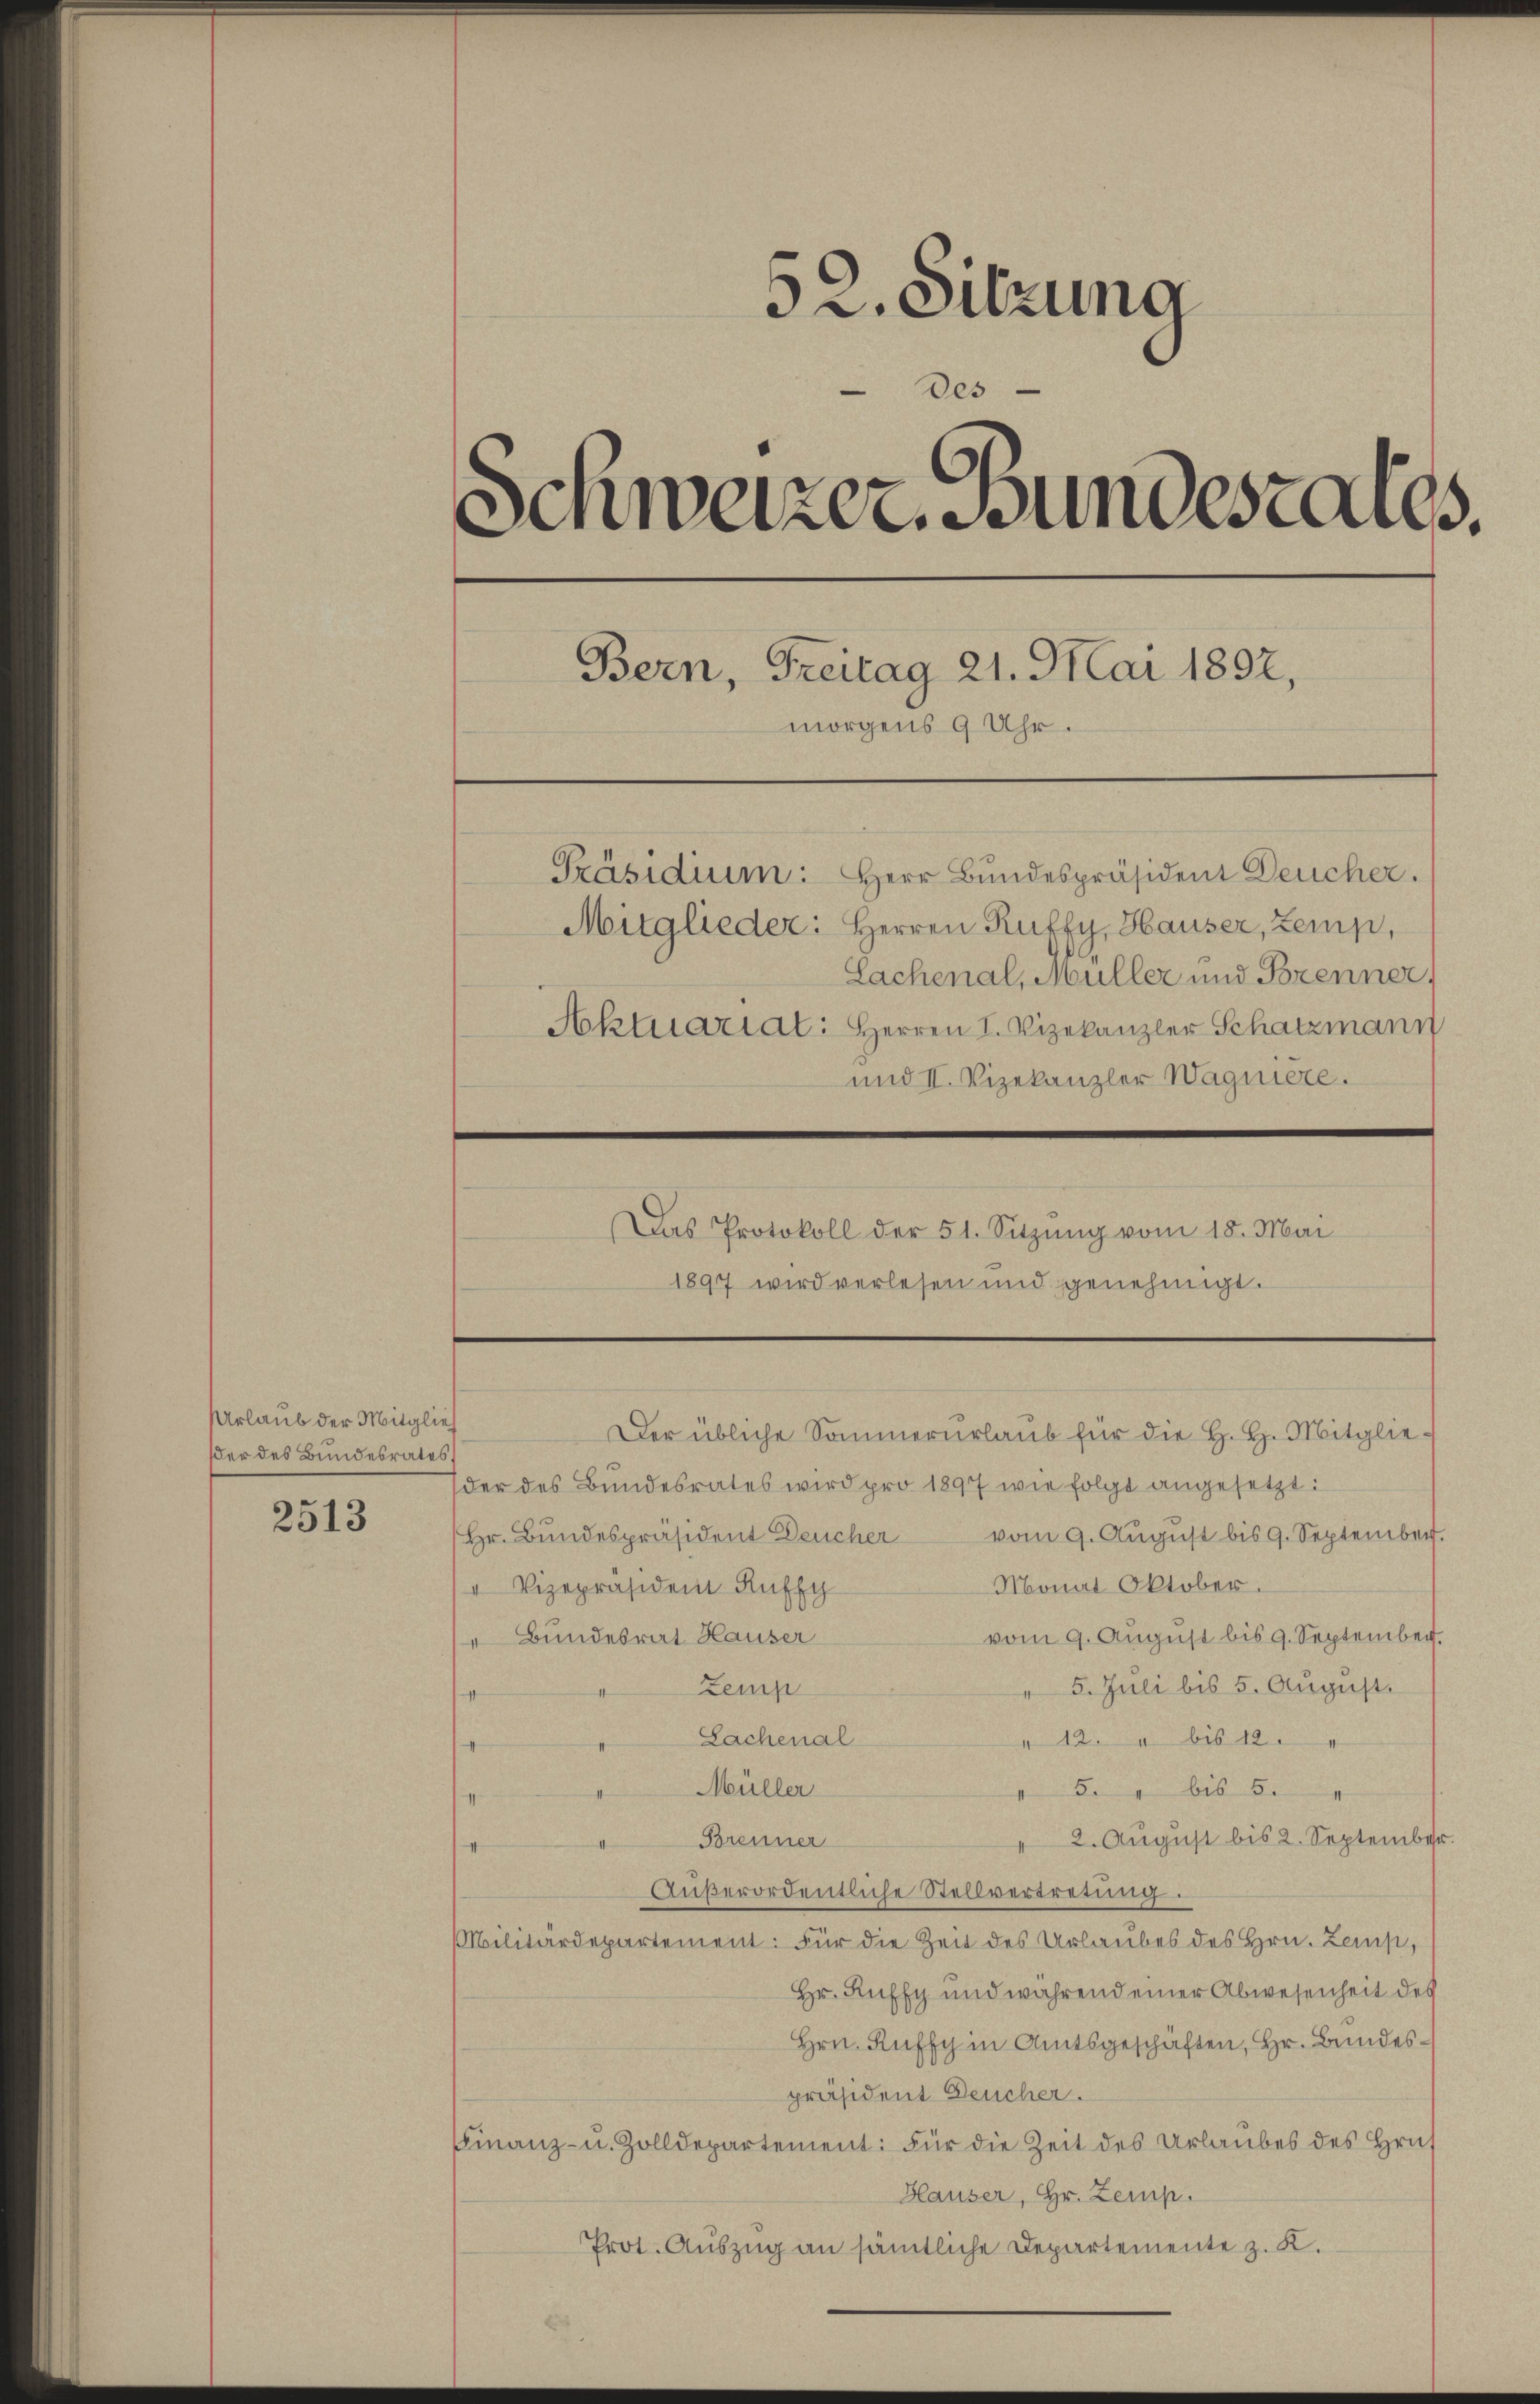
Urlaub der Mitglieh
der des Bundesrates,
2513

52. Sitzung
des
Schweizer. Bundestalls.
Bern, Freitag 21. Mai 1892,
morgens 9 Uhr.
Präsidium: Herr Bundespräsident Deucher.
Mitglieder: Herren Ruffy, Hauser, Zemp,
Sachenal, Müller und Brenner,
Aktuariat: Herren I. Vizekanzler Schatzmann
und II. Vizekanzler Wagniere.
Das Protokoll der 51. Sitzŭng vom 18. Mai
1897 wird verlesen und genehmigt.

der des Bundesrates wird pro 18977 wie folgt angesetzt:
(Hr. Bŭndespräsident Deucher vom 9. Aŭgŭst bis 9. September.
Monat Oktober.
" Vizepräsidem Ruffy
vom 9. August bis 9. September.
 Bundesrat Hauser
" 5. Juli bis 5. August.
Zemp
12. 4 bis 12.
Lachenal
5. " bis 5.
Müller
2. August bis 2. September
Brenner
Aŭβerordentliche Stellvertretŭng.
Militärdepartement: Für die Zeit des Urlaubes des Hrn. Zemp,
Hr. Ruffy und während einer Abwesenheit des
Hrn. Kuffy in Amtsgeschäften, Hr. Bundespräsident Deucher.
Finanz- u. Zolldepartement: Für die Zeit des Urlaubes des Hrus
Hauser, Hr. Zemp.
Prot. Auszug an sämtliche Departemente z. K.

Der übliche Sommerurlaub für die H. H. Mitglie¬